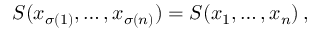
{ \cal S } ( x _ { \sigma ( 1 ) } , \dots , x _ { \sigma ( n ) } ) = { \cal S } ( x _ { 1 } , \dots , x _ { n } ) \, ,